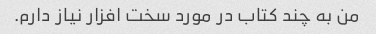
من به چند کتاب در مورد سخت افزار نیاز دارم.